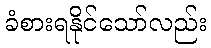
ခံစားရနိုင်သော်လည်း